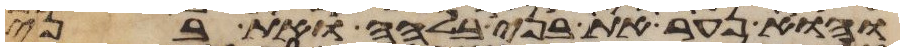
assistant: והוא נער את בני בלהה ואת בני